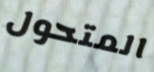
المتحول